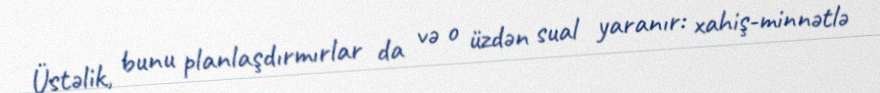
Üstəlik, bunu planlaşdırmırlar da və o üzdən sual yaranır: xahiş-minnətlə